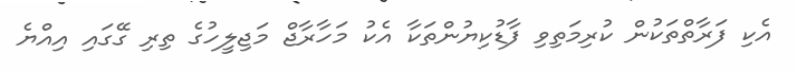
އެކި ފަރާތްތަކުން ކުރިމަތިވި ފާޑުކިޔުންތަކާ އެކު މަހާރާޖް މަޖިލީހުގެ ތިރި ގޭގައި އިއްޔެ